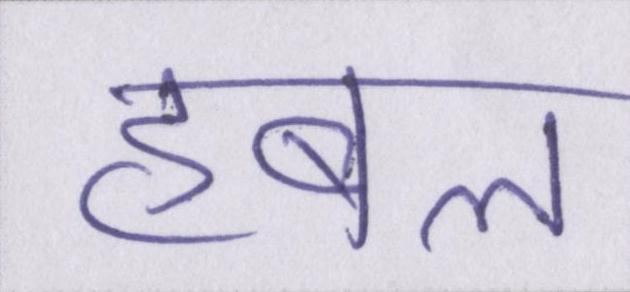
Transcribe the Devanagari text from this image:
हबल